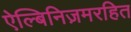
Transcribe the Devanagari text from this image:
ऐल्बिनिज़मरहित